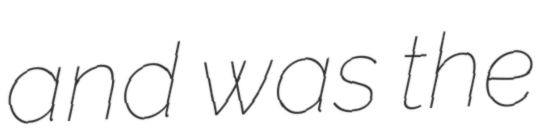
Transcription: and was the